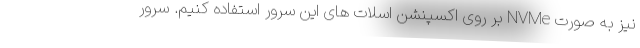
نیز به صورت NVMe بر روی اکسپنشن اسلات های این سرور استفاده کنیم. سرور